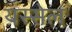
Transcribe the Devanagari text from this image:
यस्सेल